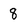
Character: 8